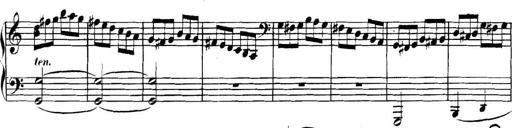
Title: Collected Piano Sonatas
Composer: Muzio Clementi